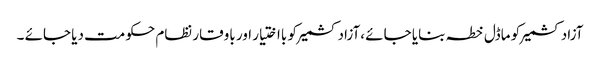
آزادکشمیر کو ماڈل خطہ بنایا جائے ،آزادکشمیر کو بااختیار اور باوقار نظام حکومت دیا جائے ۔